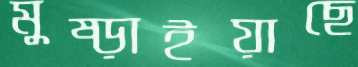
মুষ্‌ড়াইয়াছে